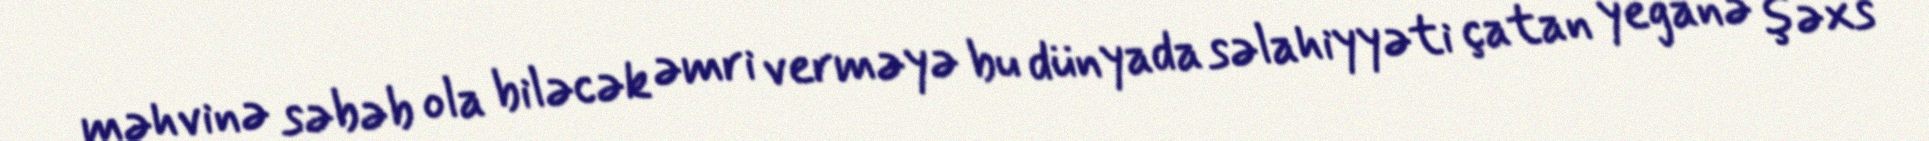
məhvinə səbəb ola biləcək əmri verməyə bu dünyada səlahiyyəti çatan yeganə şəxs